Bréfritari: Helga Sigurðardóttir
Viðtakandi: Björg Jónsdóttir
Dagsetning: A-1880-02-22
Skrifað á: Hömrum
Björg var kona Bened. í Tungu

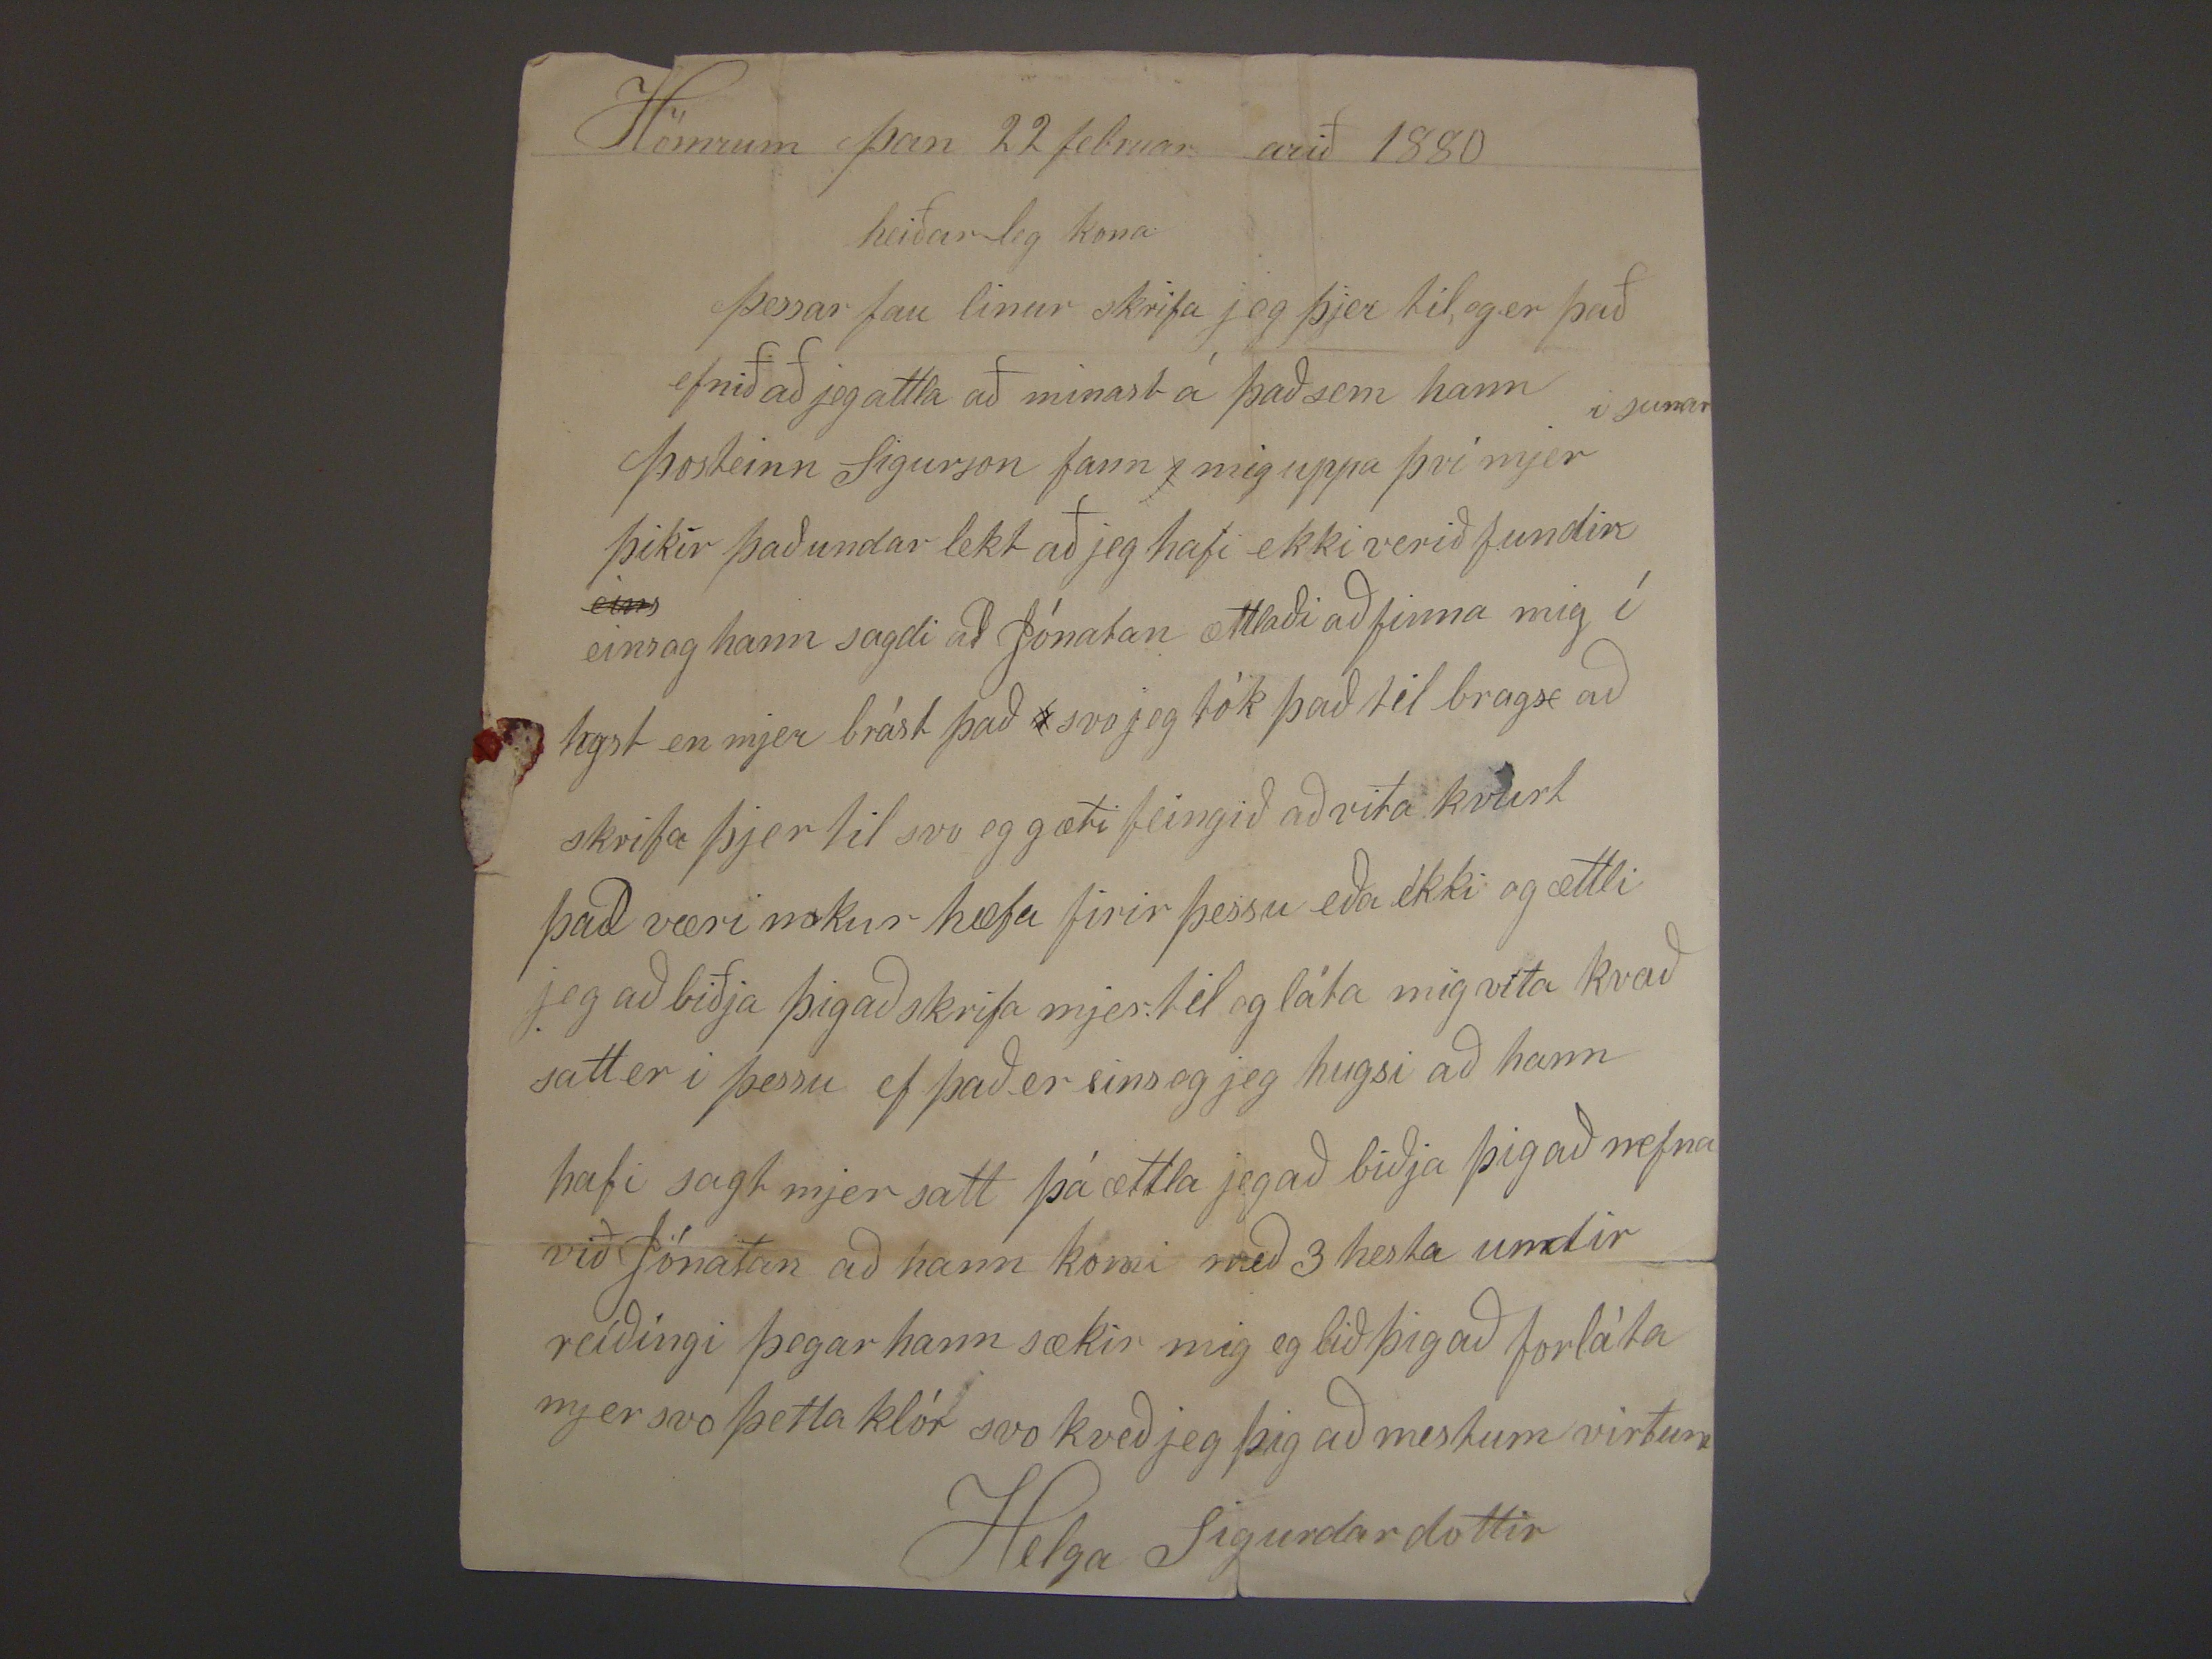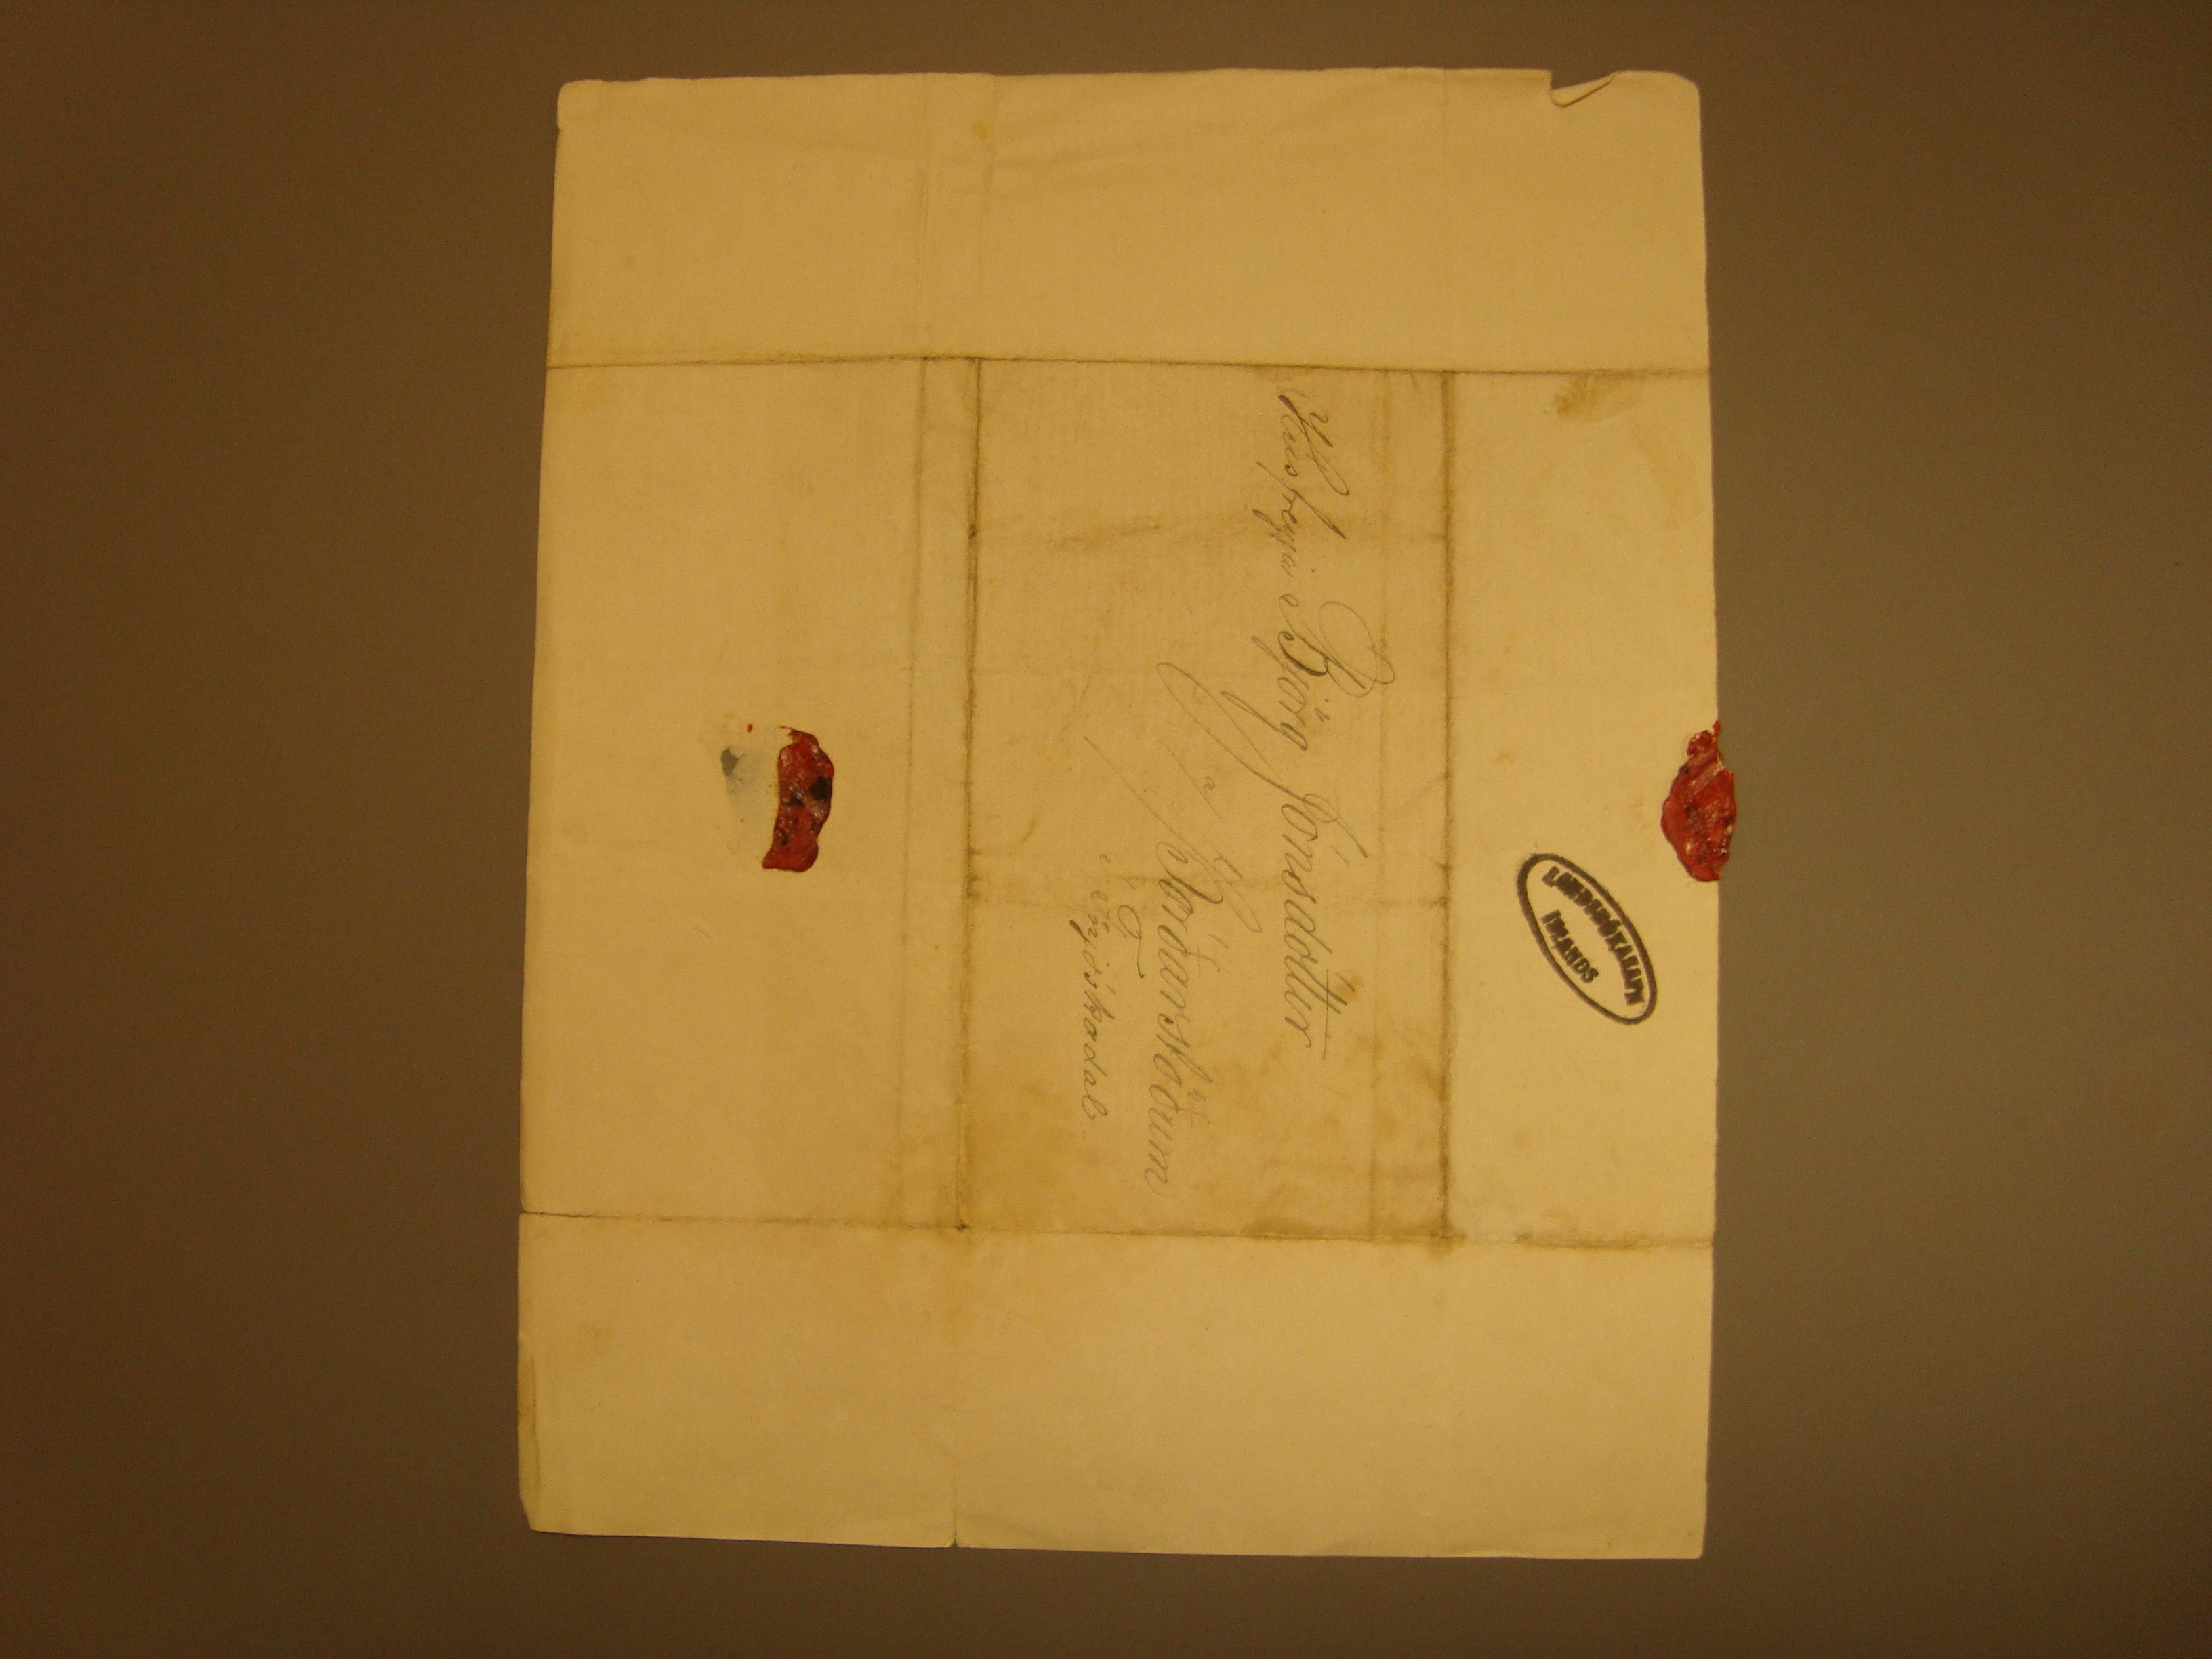

Hömrum þan 22 februar arið 1880
heiðar leg kona
Þessar fau linur skrifa jeg þjer til, og er það efnið að jeg attla að minast á það sem hann Þosteinn Sigurson fann
j
mig uppa þvi mjer
i sumar
þikir það undar lekt að jeg hafi ekkiverið fundin
eins
einsog hann sagdi að Jónatan ættlaði að finna mig í
hyst
en mjer brást það
s
svo jeg tók það til bragx að skrifa þjer til svo eg gæti feingið að vita kvurt það væri nokur hæfa firir þessu eða ekki
og ættli jeg að biðja þigað skrifa mjer til og láta mig vita kvað satt er i þessu ef þa er eins og jeg hugsi að hann hafi sagt mjer satt þá ættla jeg að biðja þig að nefna
við Jónatan að hann komi með 3 hesta undir reíðing þegar hann sækir mig eg bið þig að forláta mjer svo þetta klór svo keve jeg þig að mestum virtum
Helga Sigurdardottir
Húsfreyja Björg Jónsdóttir
a/ Þórðarstöðum
í Fnjóskadal